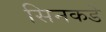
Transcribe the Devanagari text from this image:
सिनकडे